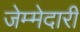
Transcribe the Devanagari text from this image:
जेम्मेदारी